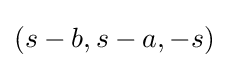
(s-b,s-a,-s)